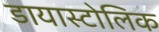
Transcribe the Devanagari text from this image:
डायास्टोलिक